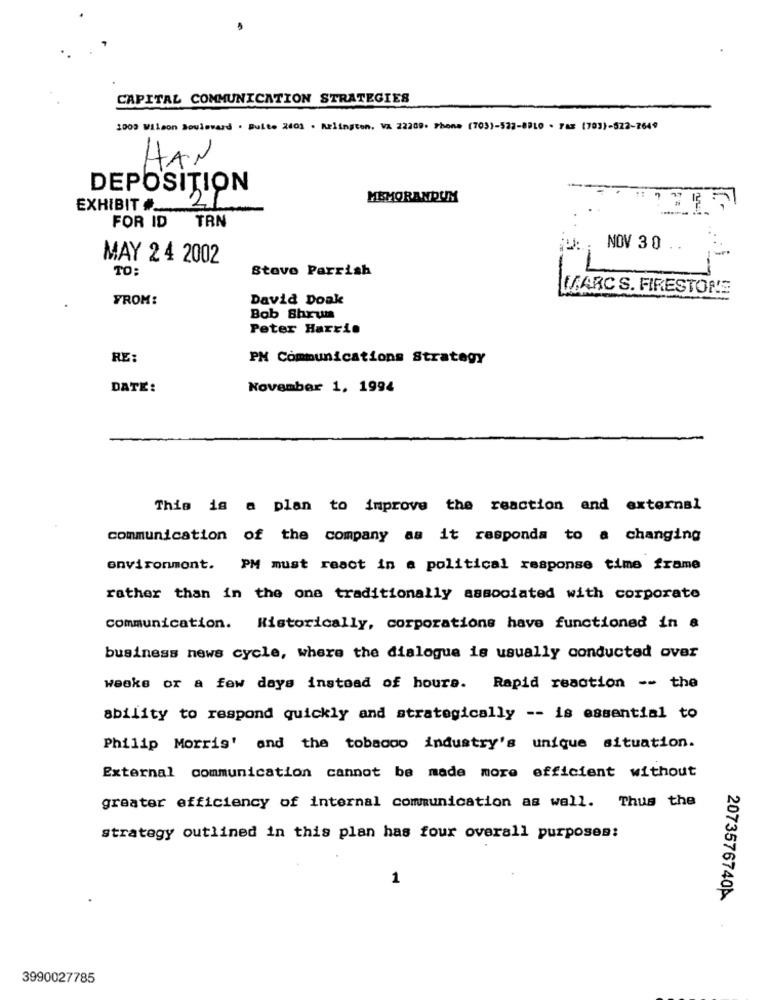
CAPITAL COMMUNICATION STRATEGIES
1009 Wilson Boulevard . Buite 2003 . Arlington, Va 22209. Phone (703)-533-8910 - Fax (703)-522-7649
HAN
DEPOSITION
MEMORANDUM
97
EXHIBIT #_
21"
TAN
FOR ID
NOV 3 0
MAY 2 4 2002
TO:
Stove Parrish
MARC S. FIRESTONE
FROM:
David Doak
Bob Bhrum
Peter Harrie
RE:
PM Communications Strategy
DATE:
November 1, 1994
This is a plan to improve the reaction and external
communication of the company as it responda to a changing
environmont. PM must react in a political response time frame
rather than in the one traditionally associated with corporate
Communication. Historically, corporations have functioned in &
business news cycle, where the dialogue is usually conducted over
weeks or a few days instead of hours. Rapid reaction -- the
ability to respond quickly and strategically -- is essential to
Philip Morris' and the tobaooo industry's unique situation.
External communication cannot be made more efficient without
greater efficiency of internal communication as well. Thus the
strategy outlined in this plan has four overall purposes:
1
2073576740A
3990027785